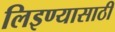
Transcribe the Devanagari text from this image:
लिइण्यासाठी